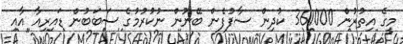
މީގެ އިތުރުން 361000 ކުދިން ސާފުފެން ބޭނުން ނުކުރުމުގެ ސަބަބުން ޑައިރިއާ އާއި